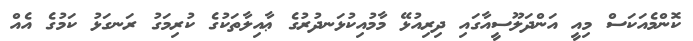
ކޮންމެއަކަސް މިއީ އަންދަލޫސީއާގައި ދިރިއުޅޭ މާމުއިކުޅަނދުރުގެ ޢާއިލާތަކުގެ ކުރިމަގު ރަނގަޅު ކަމުގެ އެއް